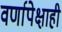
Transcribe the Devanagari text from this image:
वर्णापेक्षाही